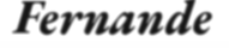
Fernande